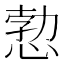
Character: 愂